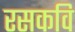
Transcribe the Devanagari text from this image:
रसकवि